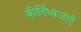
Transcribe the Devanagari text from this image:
कीर्तिध्वजाएँ